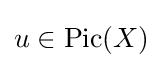
u\in \operatorname {Pic} (X)